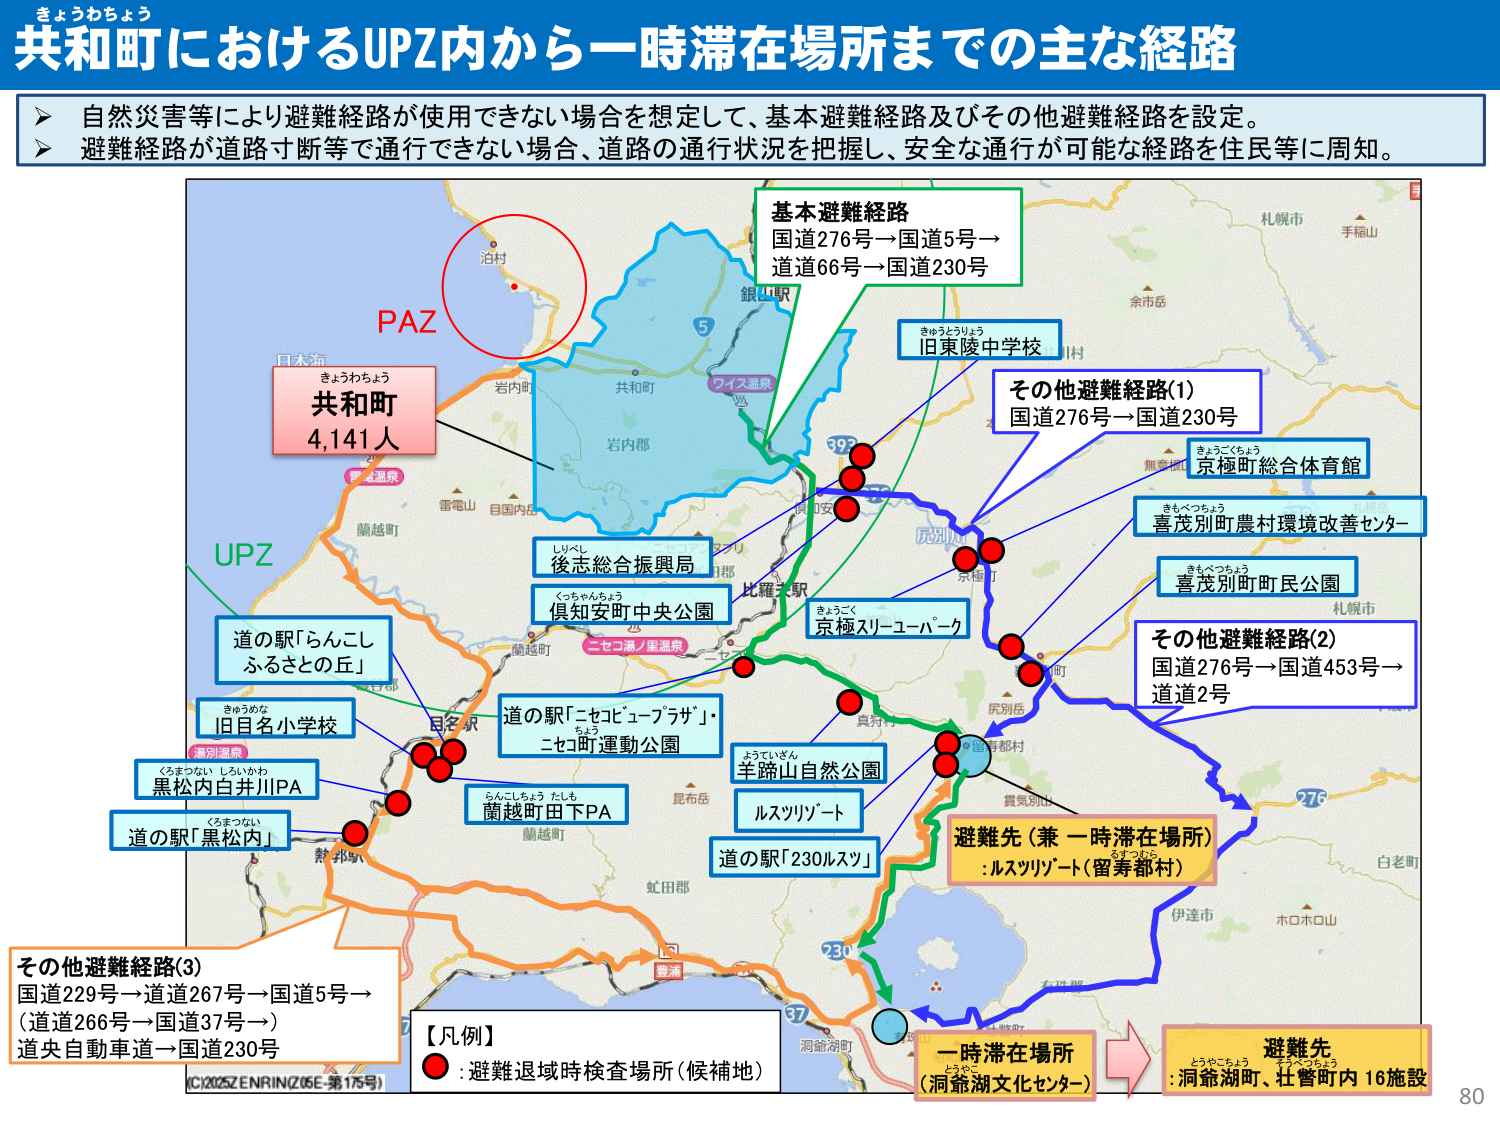
きょうわちょう
共和町におけるUPZ内から一時滞在場所までの主な経路

自然災害等により避難経路が使用できない場合を想定して、基本避難経路及びその他避難経路を設定。
避難経路が道路寸断等で通行できない場合、道路の通行状況を把握し、安全な通行が可能な経路を住民等に周知。

PAZ
きょうわちょう
共和町
4,141人

UPZ
道の駅「らんこし ふるさとの丘」
きゅうめいしょうがっこう
旧目名小学校
くろまつない しせいかわ
黒松内白井川PA
くろまつない
道の駅「黒松内」
らんこしちょう たしも
蘭越町田下PA
道の駅「ニセコビューブラザ」・
ニセコ町運動公園
後志総合振興局
くつちやんちょう
倶知安町中央公園
比羅夫駅
銀山駅
ワイズ温泉
岩内町
岩内部
電電山
目国内
日木流
国道276号→国道5号→
道道66号→国道230号
基本避難経路
きゅうとうりょうちゅうがっこう
旧東陵中学校
その他避難経路(1)
国道276号→国道230号
きょうごくちょう
京極町総合体育館
きもべつちょう
喜茂別町農村環境改善センター
きもべつちょう
喜茂別町町民公園
その他避難経路(2)
国道276号→国道453号→
道道2号
京極スリーユーパーク
ようていざん
羊蹄山自然公園
ルスツリゾート
道の駅「230ルスツ」
避難先（兼 一時滞在場所）
:ルスツリゾート（留寿都村）
一時滞在場所
（洞爺湖文化センター）
避難先
:洞爺湖町、壮瞥町内 16施設
その他避難経路(3)
国道229号→道道267号→国道5号→
（道道266号→国道37号→）
道央自動車道→国道230号
【凡例】
● :避難退域時検査場所（候補地）
C12025Z ENRIN(Z05E-第175号)
札幌市
手稲山
余市岳
無蓋根
虎別川
京極町
真狩村
留寿都村
洞爺湖町
伊達市
ホロホロ山
白老町
276
230
37
虻田部
鵡川
鵡川部
ニセコ湯／車温泉
セコ湯
洞爺湖
【凡例】
● :避難退域時検査場所（候補地）
80